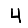
Digit: 4